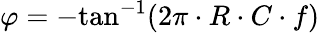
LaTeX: \varphi=-\mathrm{tan}^{-1}(2\pi\cdot R\cdot C\cdot f)